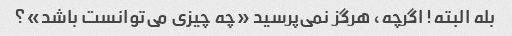
بله البته! اگرچه، هرگز نمی‌پرسید «چه چیزی می‌توانست باشد»؟